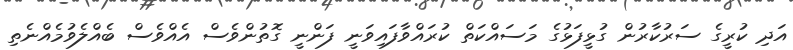
އަދި ކުރީގެ ސަރުކާރުން ގުޅީފަޅުގެ މަސައްކަތް ކުރައްވާފައިވަނީ ފަންނީ ގޮތުންވެސް އެއްވެސް ބެއްލެވުމެއްނެތި